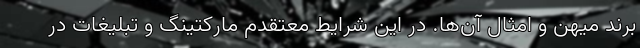
برند میهن و امثال ‌آن‌ها. در این شرایط معتقدم مارکتینگ و تبلیغات در